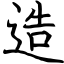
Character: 造